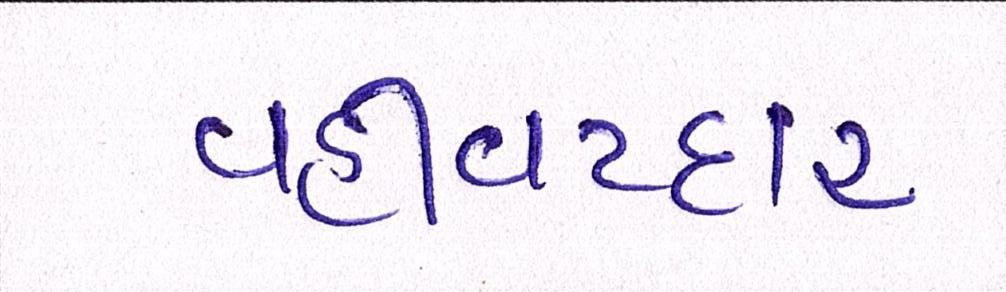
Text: વહીવટદાર